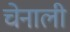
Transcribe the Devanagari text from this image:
चेनाली